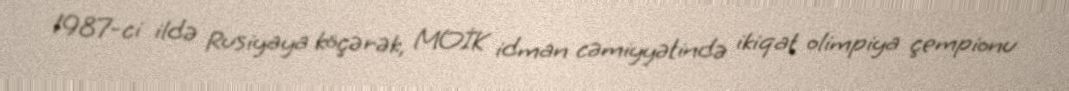
1987-ci ildə Rusiyaya köçərək, MOİK idman cəmiyyətində ikiqat olimpiya çempionu